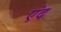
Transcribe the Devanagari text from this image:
एंद